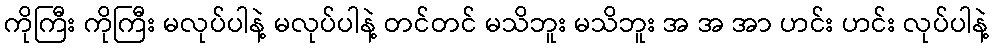
ကိုကြီး ကိုကြီး မလုပ်ပါနဲ့ မလုပ်ပါနဲ့ တင်တင် မသိဘူး မသိဘူး အ အ အာ ဟင်း ဟင်း လုပ်ပါနဲ့